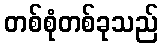
တစ်စုံတစ်ခုသည်